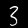
Label: 3